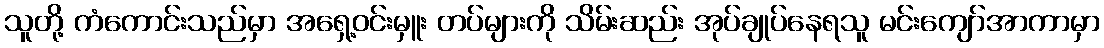
သူတို့ ကံကောင်းသည်မှာ အရှေ့ဝင်းမှူး တပ်များကို သိမ်းဆည်း အုပ်ချုပ်နေရသူ မင်းကျော်အာကာမှာ